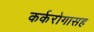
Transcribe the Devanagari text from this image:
कर्करोगासह